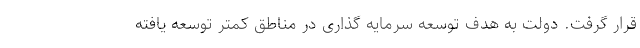
قرار گرفت. دولت به هدف توسعه سرمایه گذاری در مناطق کمتر توسعه یافته